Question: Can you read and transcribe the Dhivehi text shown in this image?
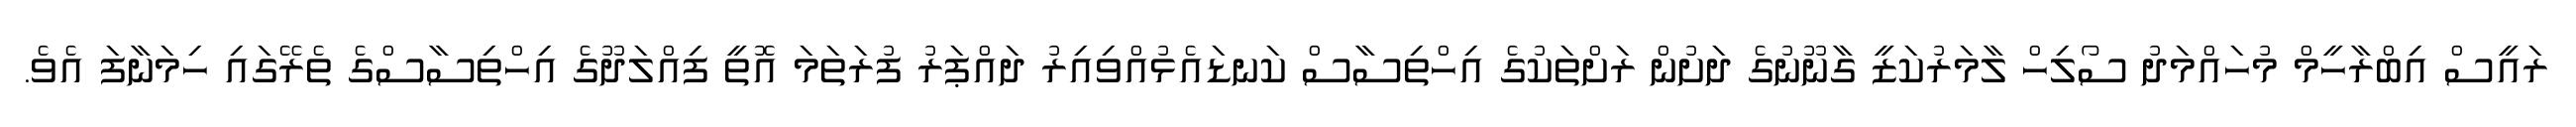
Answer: ރައީސް އިބްރާހީމް މުހައްމަދު ސޯލިހް ލާމަރުކަޒީ ގާނޫނުގެ ދަށުން ރަށްތަކުގެ އިހްތިސާސް ކަނޑައެޅުއްވިއިރު ދައްޕަރު ފުރަތަމަ އޮތީ ފިއްލަދޫގެ އިހްތިސާސްގެ ތެރޭގައި ހިމަނާފަ އެވެ.